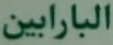
البارابين